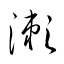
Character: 瀨